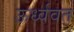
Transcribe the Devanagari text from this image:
ऊर्ध्ववत